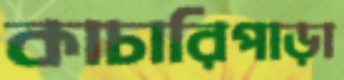
কাচারিপাড়া